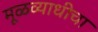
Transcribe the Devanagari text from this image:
मूळव्याधीचा